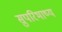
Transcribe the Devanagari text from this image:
सुपरिभाष्य